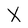
Character: X